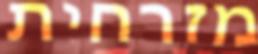
מזרחית